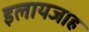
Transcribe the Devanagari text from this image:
इलायजाह